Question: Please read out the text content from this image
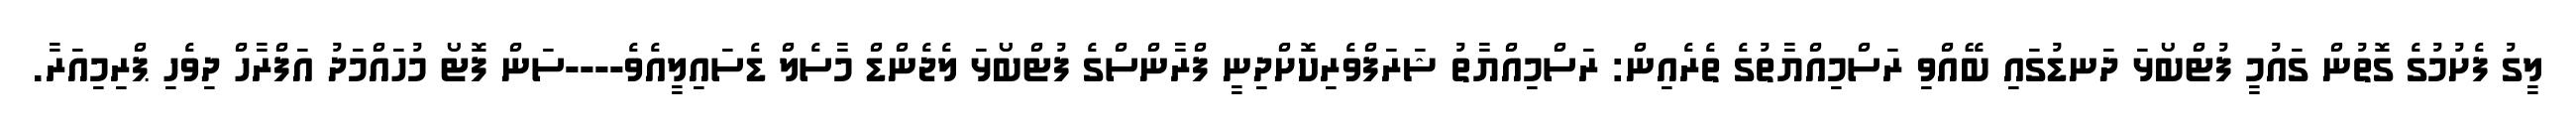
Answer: ލީގު ފެށުމުގެ ގޮތުން ގައުމީ ފުޓްބޯޅަ ދަނޑުގައި ބޭއްވި ރަސްމިއްޔާތުގެ ތެރެއިން: ރަސްމިއްޔާތު ޝަރަފްވެރިކޮށްދިނީ ފްރާންސްގެ ފުޓްބޯޅަ ލެޖެންޑް މާސެލް ޑެސައިލީއެވެ----ސަން ފޮޓޯ މުހައްމަދު އަފްރާހް ދިވެހި ޕްރިމިއަރާ.